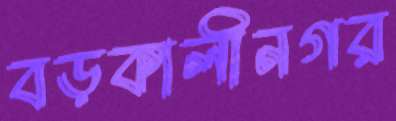
বড়কালীনগর